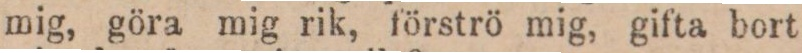
mig, göra mig rik, förströ mig, gifta bort